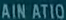
AINATION